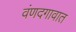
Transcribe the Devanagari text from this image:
वंणदगावात